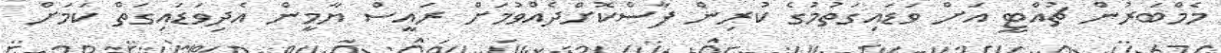
މެމްބަރުން ޗުއްޓީ އަށް ވަޑައިގަތުމުގެ ކުރިން ފާސްކޮށްދެއްވުމަށް ރައީސް ޔާމީން އެދިވަޑައިގަތް ކަމަށް